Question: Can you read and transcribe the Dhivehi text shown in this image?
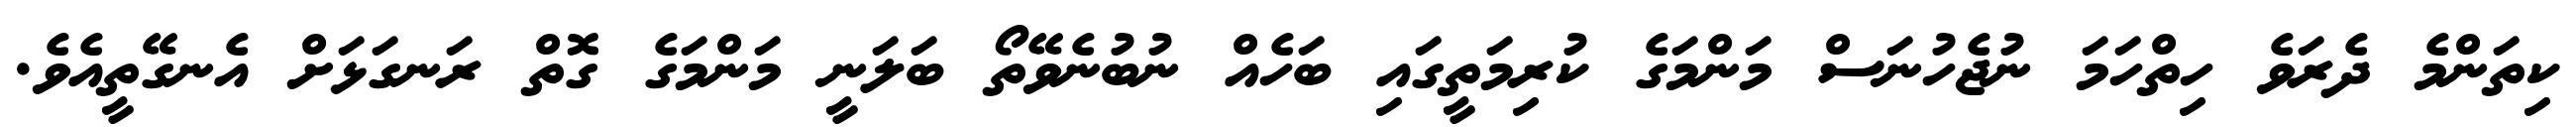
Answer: ކިތަންމެ ދެރަވެ ހިތްހަމަ ނުޖެހުނަސް މަންމަގެ ކުރިމަތީގައި ބަހެއް ނުބުނެވޭތޯ ބަލަނީ މަންމަގެ ގޮތް ރަނގަޅަށް އެނގޭތީއެވެ.